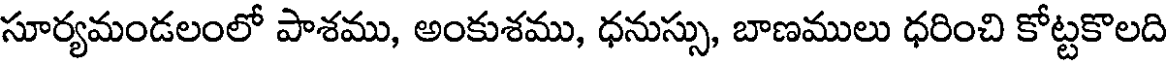
సూర్యమండలంలో పాశము, అంకుశము, ధనుస్సు, బాణములు ధరించి కోట్టకొలది